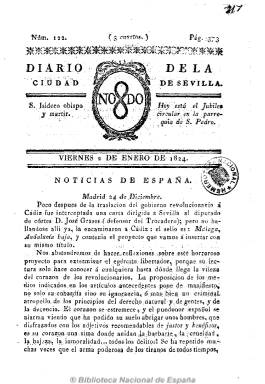
Título: Diario de la ciudad de Sevilla
Colección: Periódicos anteriores a 1850
Ámbito geográfico: Sevilla
Lugar de publicación: Sevilla
Fechas: 02/01/1824-02/01/1824

Es continuación de Diario noticioso de la ciudad de Sevilla, que en julio de 1823 reduce su título. Sale “con licencia” de la Imprenta de María del Carmen Padrino y sigue siendo un cotidiano noticioso, pero de carácter absolutista, tal como señala Chaves Rey. De cuatro páginas, estampa en su cabecera el escudo con el lema de Sevilla (NO&DO), rodeado de una orla, y comienza cada número con el santo del día y el jubileo, para a continuación estructurar su contenido en noticias de España y del extranjeros, a las que añade las locales, Avisos y Anuncios, además de artículos de oficio (reales órdenes, etc.). Publicó suplementos y quizá llegó su publicación hasta mayo de 1824, cuando son prohibidos todos los periódicos españoles, excepto la Gaceta de Madrid y Diario de Madrid.